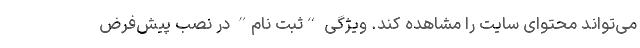
می‌تواند محتوای سایت را مشاهده ‌کند. ویژگی “ثبت نام” در نصب پیش‌فرض